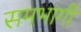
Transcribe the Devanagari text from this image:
समभागी